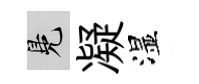
鳬凝湿